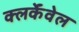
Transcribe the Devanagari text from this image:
क्लर्केंवेल